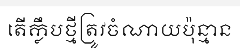
តើក្លឹបថ្មីត្រូវចំណាយប៉ុន្មាន